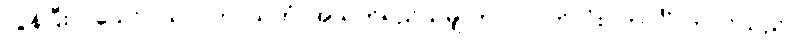
လွန်ပြီးလသော်။ ယာဝတာယုကံ၊ အသက်ရှည်သမျှ ကာလပတ်လုံး။ ဘဝင်္ဂံ၊ ဘဝင်သည်။